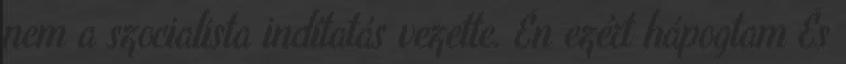
nem a szocialista indítatás vezette. Én ezért hápogtam És